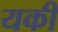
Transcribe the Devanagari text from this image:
यकीं